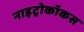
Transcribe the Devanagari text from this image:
नाइट्रोकॉकस